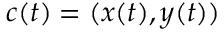
c ( t ) = ( x ( t ) , y ( t ) )